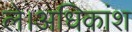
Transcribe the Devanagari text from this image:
ले।अधिकांश